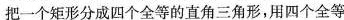
把一个矩形分成四个全等的直角三角形，用四个全等